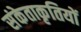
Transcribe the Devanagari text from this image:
संकेताकृतियों